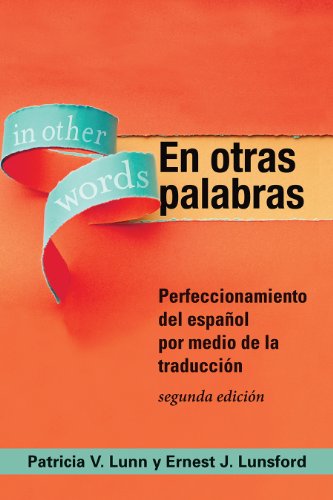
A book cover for En otras palabras: Perfeccionamiento del espaÃ±ol por medio de la traducciÃ³n (Spanish Edition); Patricia Lunn; Reference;